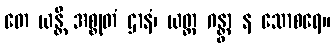
တေ ယန္တိ အစ္စုတံ ဌာနံ၊ ယတ္ထ ဂန္တွာ န သောစရေ။